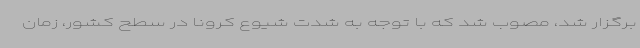
برگزار شد، مصوب شد که با توجه به شدت شیوع کرونا در سطح کشور، زمان